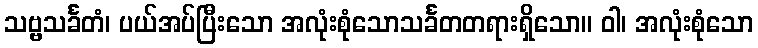
သဗ္ဗသင်္ခတံ၊ ပယ်အပ်ပြီးသော အလုံးစုံသောသင်္ခတတရားရှိသော။ ဝါ၊ အလုံးစုံသော